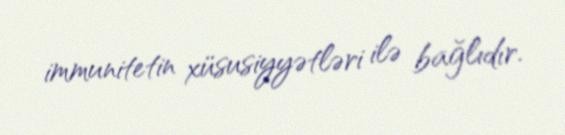
immunitetin xüsusiyyətləri ilə bağlıdır.